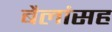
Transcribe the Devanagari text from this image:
बैलांसह